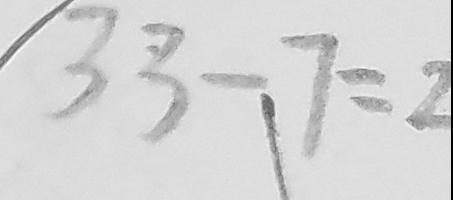
3 3 - 7 = 2